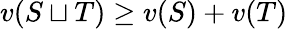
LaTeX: v(S\sqcup T)\geq v(S)+v(T)